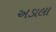
અડાલા